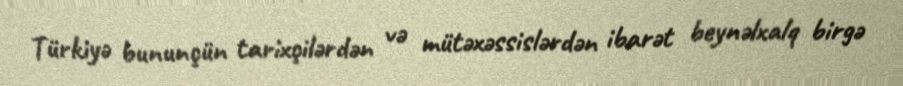
Türkiyə bununçün tarixçilərdən və mütəxəssislərdən ibarət beynəlxalq birgə